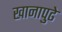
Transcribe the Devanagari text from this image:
खानापुढे